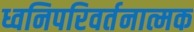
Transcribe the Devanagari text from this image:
ध्वनिपरिवर्तनात्मक